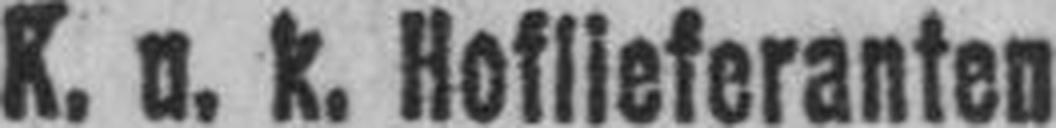
K. u. k. Hoflieferanten